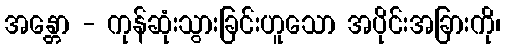
အန္တော - ကုန်ဆုံးသွားခြင်းဟူသော အပိုင်းအခြားကို၊